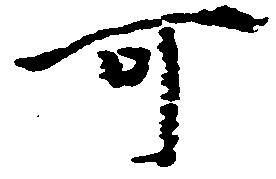
可